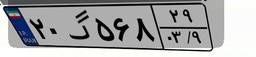
۲۰گ۵۶۸۲۹